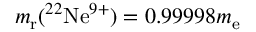
m _ { \mathrm { r } } ( { } ^ { 2 2 } \mathrm { N e } ^ { 9 + } ) = 0 . 9 9 9 9 8 m _ { \mathrm { e } }